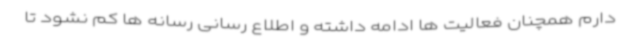
دارم همچنان فعالیت ها ادامه داشته و اطلاع رسانی رسانه ها کم نشود تا